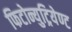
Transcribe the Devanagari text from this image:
फिटोन्युट्रियेण्ट